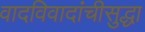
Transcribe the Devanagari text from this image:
वादविवादांचीसुद्धा